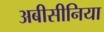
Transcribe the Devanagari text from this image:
अबीसीनिया